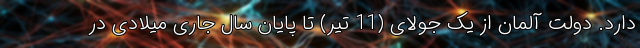
دارد. دولت آلمان از یک جولای (11 تیر) تا پایان سال جاری میلادی در